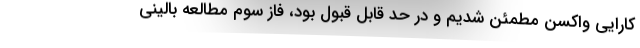
کارایی واکسن مطمئن شدیم و در حد قابل قبول بود، فاز سوم مطالعه بالینی